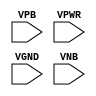
module sky130_fd_sc_lp__decap (
    //# {{power|Power}}
    input VPB ,
    input VPWR,
    input VGND,
    input VNB
);
endmodule